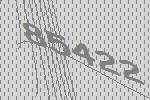
85422